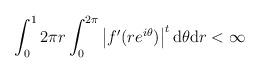
LaTeX: \begin{align*}\int_0^1 2\pi r\int_0^{2\pi}\begin{vmatrix} f'(re^{i\theta}) \end{vmatrix}^t\mathrm{d}\theta\mathrm{d}r<\infty\end{align*}